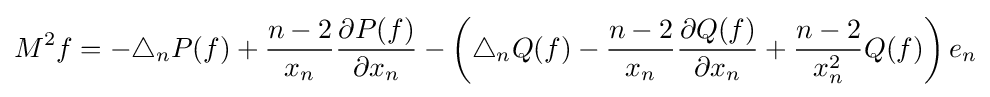
M^{2}f=-\triangle _{n}P(f)+{\frac {n-2}{x_{n}}}{\frac {\partial P(f)}{\partial x_{n}}}-\left(\triangle _{n}Q(f)-{\frac {n-2}{x_{n}}}{\frac {\partial Q(f)}{\partial x_{n}}}+{\frac {n-2}{x_{n}^{2}}}Q(f)\right)e_{n}